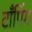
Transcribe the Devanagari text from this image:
टाँपिंग